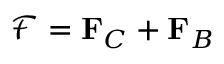
{ \mathcal { F } } = \mathbf { F } _ { C } + \mathbf { F } _ { B }